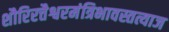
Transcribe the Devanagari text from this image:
शौरिरत्तैश्वरमंत्रिभावस्तत्याज